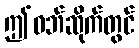
ဤဝဘ်ဆိုက်တွင်